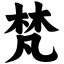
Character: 梵